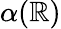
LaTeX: \alpha(\mathbb{R})